Problem: 9 × 11 = ?
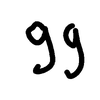
Handwritten answer: 99